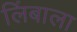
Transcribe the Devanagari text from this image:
लिंबाला